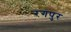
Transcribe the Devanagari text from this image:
रगपुर